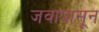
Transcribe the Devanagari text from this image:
जवापासून